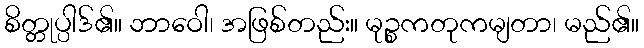
စိတ္တုပ္ပါဒ်၏။ ဘာဝေါ၊ အဖြစ်တည်း။ မုဉ္စကတုကမျတာ၊ မည်၏။